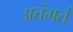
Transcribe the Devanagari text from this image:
अतंगर्त